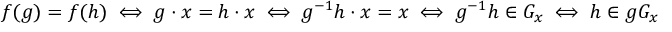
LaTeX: f ( g ) = f ( h ) \iff g \cdot x = h \cdot x \iff g ^ { - 1 } h \cdot x = x \iff g ^ { - 1 } h \in G _ { x } \iff h \in g G _ { x }